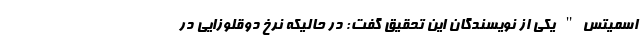
اسمیتس" یکی از نویسندگان این تحقیق گفت: در حالیکه نرخ دوقلوزایی در